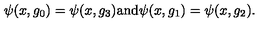
\psi ( x , g _ { 0 } ) = \psi ( x , g _ { 3 } ) \mathrm { a n d } \psi ( x , g _ { 1 } ) = \psi ( x , g _ { 2 } ) .